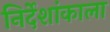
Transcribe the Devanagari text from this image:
निर्देशांकाला